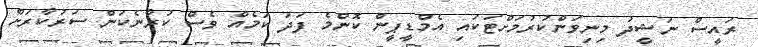
ރައީސް ނަޝީދު މިނިވަންކުރުމަށްޓަކައި އެމްޑީޕީން ކޮންމެ ފަދަ ކަމެއް ވެސް ކުރާނެކަން ސަރުކާރަށް